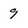
Character: 9